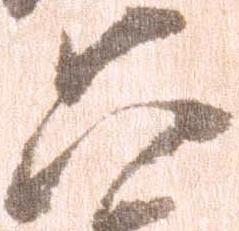
六